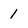
Character: 1